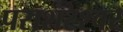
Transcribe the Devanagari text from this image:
पराशरेश्वर